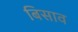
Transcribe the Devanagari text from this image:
बिसाव